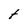
Character: t